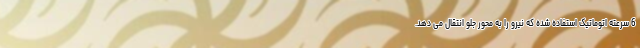
6 سرعته اتوماتیک استفاده شده که نیرو را به محور جلو انتقال می دهد.